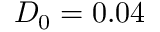
D _ { 0 } = 0 . 0 4